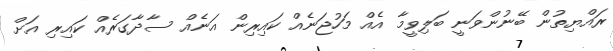
ރައްޔިތުން ބޭނުންވަނީ ބަލިވީމާ އެއް މަހުޖަނެއް ކައިރިން އަނެއް ސާދާގަރެއް ކައިރި އަށް